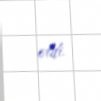
etdi.